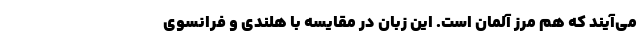
می‌آیند که هم مرز آلمان است. این زبان در مقایسه با هلندی و فرانسوی